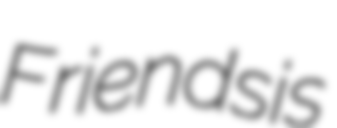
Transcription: Friends is